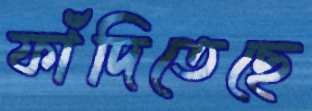
ফাঁদিতেছে